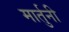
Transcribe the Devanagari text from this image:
मार्तुनी